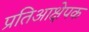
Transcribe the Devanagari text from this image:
प्रतिआक्षेपक